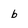
Character: b